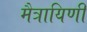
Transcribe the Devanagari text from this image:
मैत्रायिणी